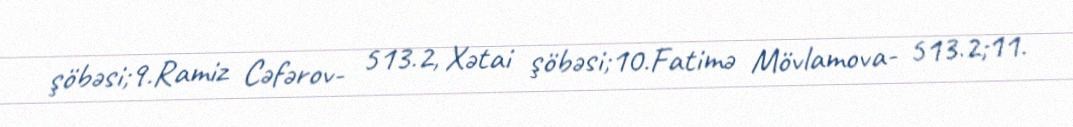
şöbəsi;9.Ramiz Cəfərov- 513.2, Xətai şöbəsi;10.Fatimə Mövlamova- 513.2;11.